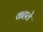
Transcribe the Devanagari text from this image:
कहले